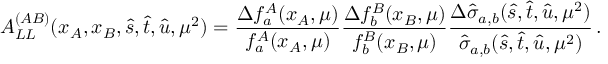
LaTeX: A _ { L L } ^ { ( A B ) } ( x _ { A } , x _ { B } , \hat { s } , \hat { t } , \hat { u } , \mu ^ { 2 } ) = \frac { \Delta f _ { a } ^ { A } ( x _ { A } , \mu ) } { f _ { a } ^ { A } ( x _ { A } , \mu ) } \frac { \Delta f _ { b } ^ { B } ( x _ { B } , \mu ) } { f _ { b } ^ { B } ( x _ { B } , \mu ) } \frac { \Delta \hat { \sigma } _ { a , b } ( \hat { s } , \hat { t } , \hat { u } , \mu ^ { 2 } ) } { \hat { \sigma } _ { a , b } ( \hat { s } , \hat { t } , \hat { u } , \mu ^ { 2 } ) } \, .